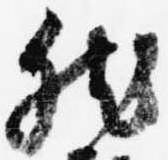
然